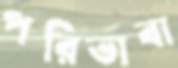
পরিভাবা